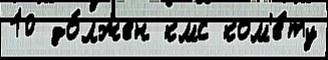
10 до́лжен кмс ком'е́ту